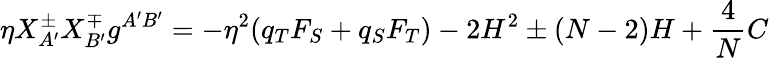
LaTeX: \eta X_{A^{\prime}}^{\pm}X_{B^{\prime}}^{\mp}g^{A^{\prime}B^{\prime}}=-\eta^{2}(q_{T}F_{S}+q_{S}F_{T})-2H^{2}\pm(N-2)H+\frac{4}{N}C